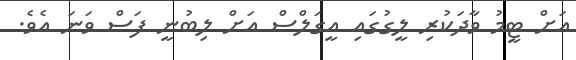
އަށް ޓީމު ވާދަކުރި ލީގުގައި އީގަލްސް އަށް ލިބުނީ ފަސް ވަނަ އެވެ.